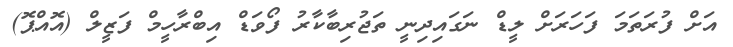
އަށް ފުރަތަމަ ފަހަރަށް ލީޑް ނަގައިދިނީ ތަޖުރިބާކާރު ފޯވަޑް އިބްރާހީމް ފަޒީލް (އޮއްޕޮ)